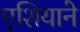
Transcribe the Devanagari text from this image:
एशियाने